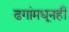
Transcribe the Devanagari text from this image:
ढगांमधूनही